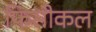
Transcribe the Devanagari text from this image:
फिसीकल